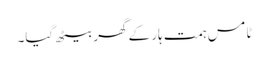
ٹامس ہمت ہار کے گھر بیٹھ گیا۔